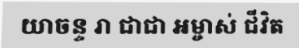
យាចន្ទ រា ជាជា អម្ចាស់ ជីវិត